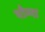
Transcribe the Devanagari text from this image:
पोम्पा